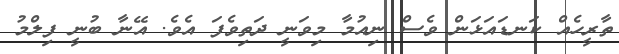
ތާރީހެއް ކަނޑައަޅަން ވެސް ނިއުމާ މިވަނީ ދަތިވެފަ އެވެ. އޭނާ ބުނީ ފިލްމު